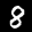
Label: 8